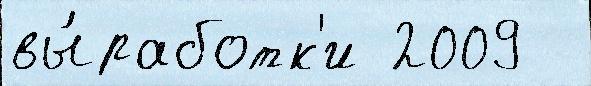
вы́работк'и 2009